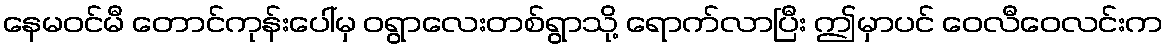
နေမဝင်မီ တောင်ကုန်းပေါ်မှ ဝရွာလေးတစ်ရွာသို့ ရောက်လာပြီး ဤမှာပင် ဝေလီဝေလင်းက